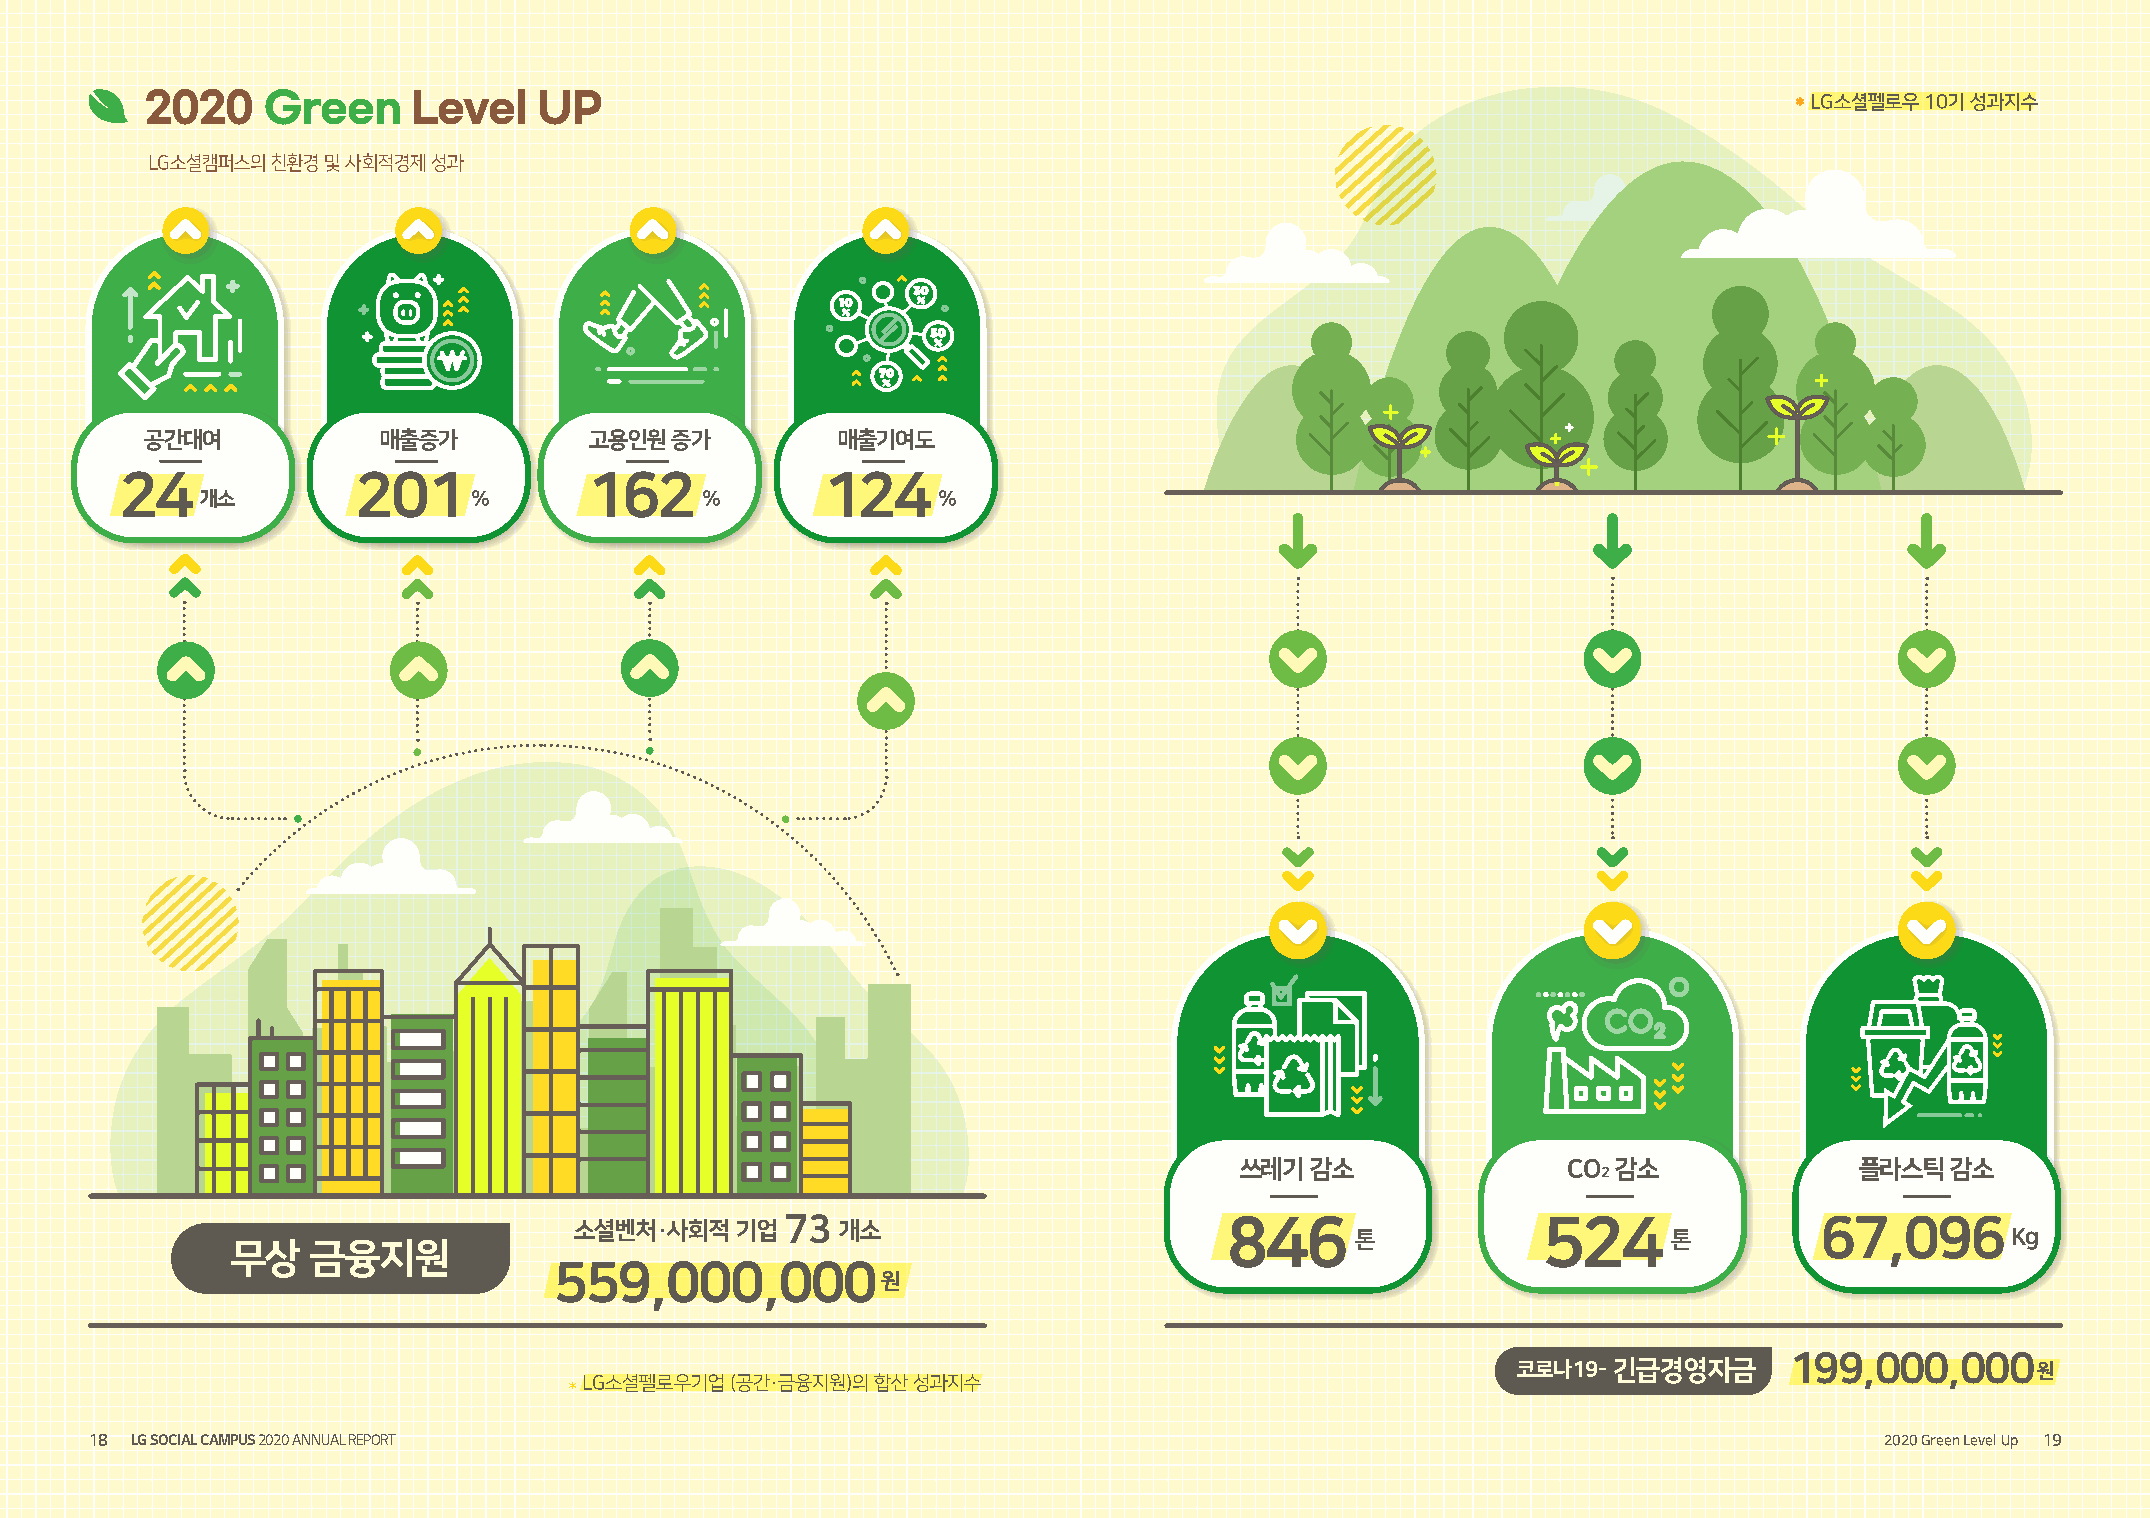
2020   Green     Level    UP                                                                                 * LG소셜펠로우 10기 성과지수
 LG소셜캠퍼스의 친환경 및 사회적경제 성과
 공간대여           매출증가          고용인원 증가         매출기여도
 24              201            162            124
 개소                %              %               %
 쓰레기  감소               CO 감소              플라스틱  감소
 2
 73                           846                  524               67,096
 소셜벤처·사회적   기업     개소
 톤                    톤                     Kg
 무상    금융지원
 559,000,000
 원
 199,000,000
 코로나19- 긴급경영자금                      원
 * LG소셜펠로우기업 (공간·금융지원)의 합산 성과지수
 18 LG SOCIAL CAMPUS 2020 ANNUAL REPORT                                                                                 2020 Green Level Up 19